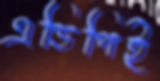
এডিপিই